Source: Handwritten
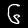
Digit: ၆ (6)